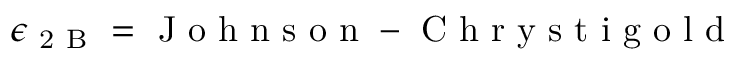
\epsilon _ { \mathrm { ~ 2 ~ B ~ } } = \mathrm { ~ J ~ o ~ h ~ n ~ s ~ o ~ n ~ - ~ C ~ h ~ r ~ y ~ s ~ t ~ i ~ g ~ o ~ l ~ d ~ }